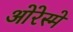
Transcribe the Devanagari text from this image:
ओरेस्मे